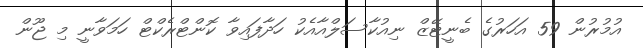
އުމުރުން 59 އަހަރުގެ ބެނީޓޭޒް ނިއުކާސަލްއާއެކު ހަދާފައިވާ ކޮންޓްރެކްޓް ހަމަވާނީ މި ޖޫން